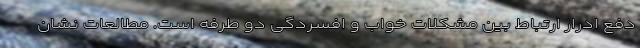
دفع ادرار ارتباط بین مشکلات خواب و افسردگی دو طرفه است. مطالعات نشان